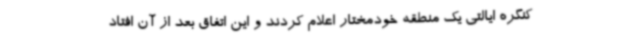
کنگره ایالتی یک منطقه خودمختار اعلام کردند و این اتفاق بعد از آن افتاد